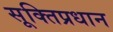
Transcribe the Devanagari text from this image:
सूक्तिप्रधान